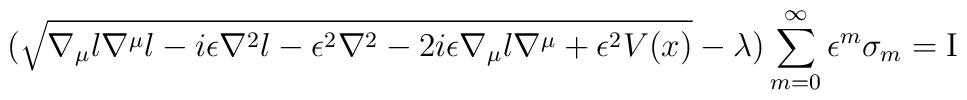
(\sqrt{\nabla_{\mu}l\nabla^{\mu}l - i\epsilon\nabla^2l - \epsilon^2\nabla^2 -2i\epsilon\nabla_{\mu}l\nabla^{\mu} + \epsilon^2V(x)} - \lambda)\sum_{m=0}^{\infty}\epsilon^m\sigma_m = {\rm I}